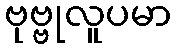
ဗုဗ္ဗုလူပမာ